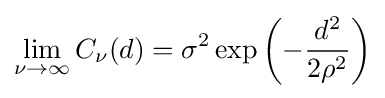
\lim _{\nu \rightarrow \infty }C_{\nu }(d)=\sigma ^{2}\exp \left(-{\frac {d^{2}}{2\rho ^{2}}}\right)